Source: Handwritten
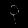
Digit: ၃ (3)